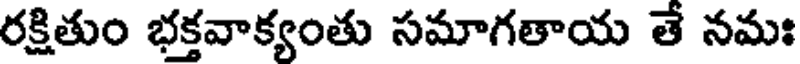
రక్షితుం భక్తవాక్యంతు సమాగతాయ తే నమః